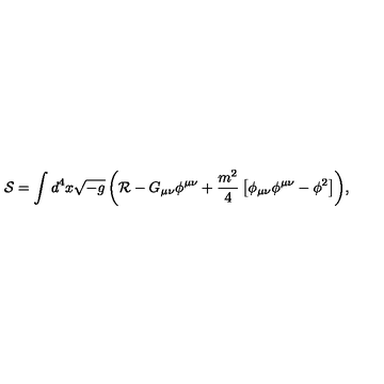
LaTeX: { \mathcal { S } } = \int { d ^ { 4 } x \sqrt { - g } \left( { \mathcal { R } } - G _ { \mu \nu } \phi ^ { \mu \nu } + \frac { m ^ { 2 } } { 4 } \left[ \phi _ { \mu \nu } \phi ^ { \mu \nu } - \phi ^ { 2 } \right] \right) } ,